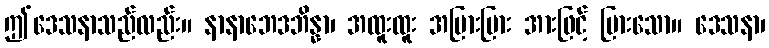
ဤဒေသနာသည်လည်း။ နာနာဘေဒဘိန္နာ၊ အထူးထူး အပြားပြား အားဖြင့် ပြားသော။ ဒေသနာ၊